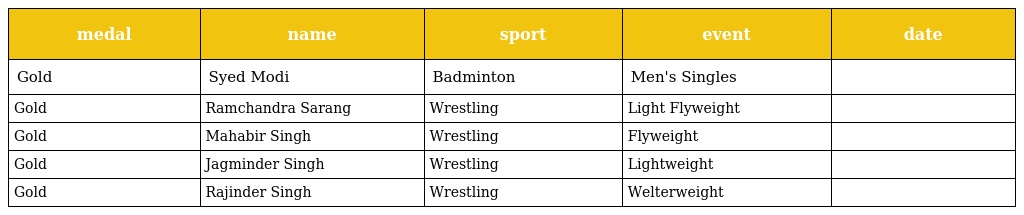
| medal | name | sport | event | date |
 | --- | --- | --- | --- | --- |
 | Gold | Syed Modi | Badminton | Men's Singles |  |
 | Gold | Ramchandra Sarang | Wrestling | Light Flyweight |  |
 | Gold | Mahabir Singh | Wrestling | Flyweight |  |
 | Gold | Jagminder Singh | Wrestling | Lightweight |  |
 | Gold | Rajinder Singh | Wrestling | Welterweight |  |